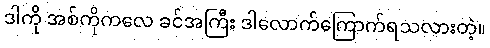
ဒါကို အစ်ကိုကလေ ခင်အကြီး ဒါလောက်ကြောက်ရသလားတဲ့။